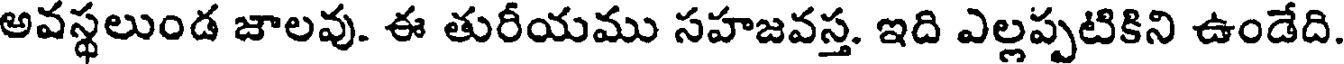
అవస్థలుండ జాలవు. ఈ తురీయము సహజవస్త. ఇది ఎల్లప్పటికిని ఉండేది.